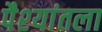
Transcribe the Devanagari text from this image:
पैश्‍यांतला